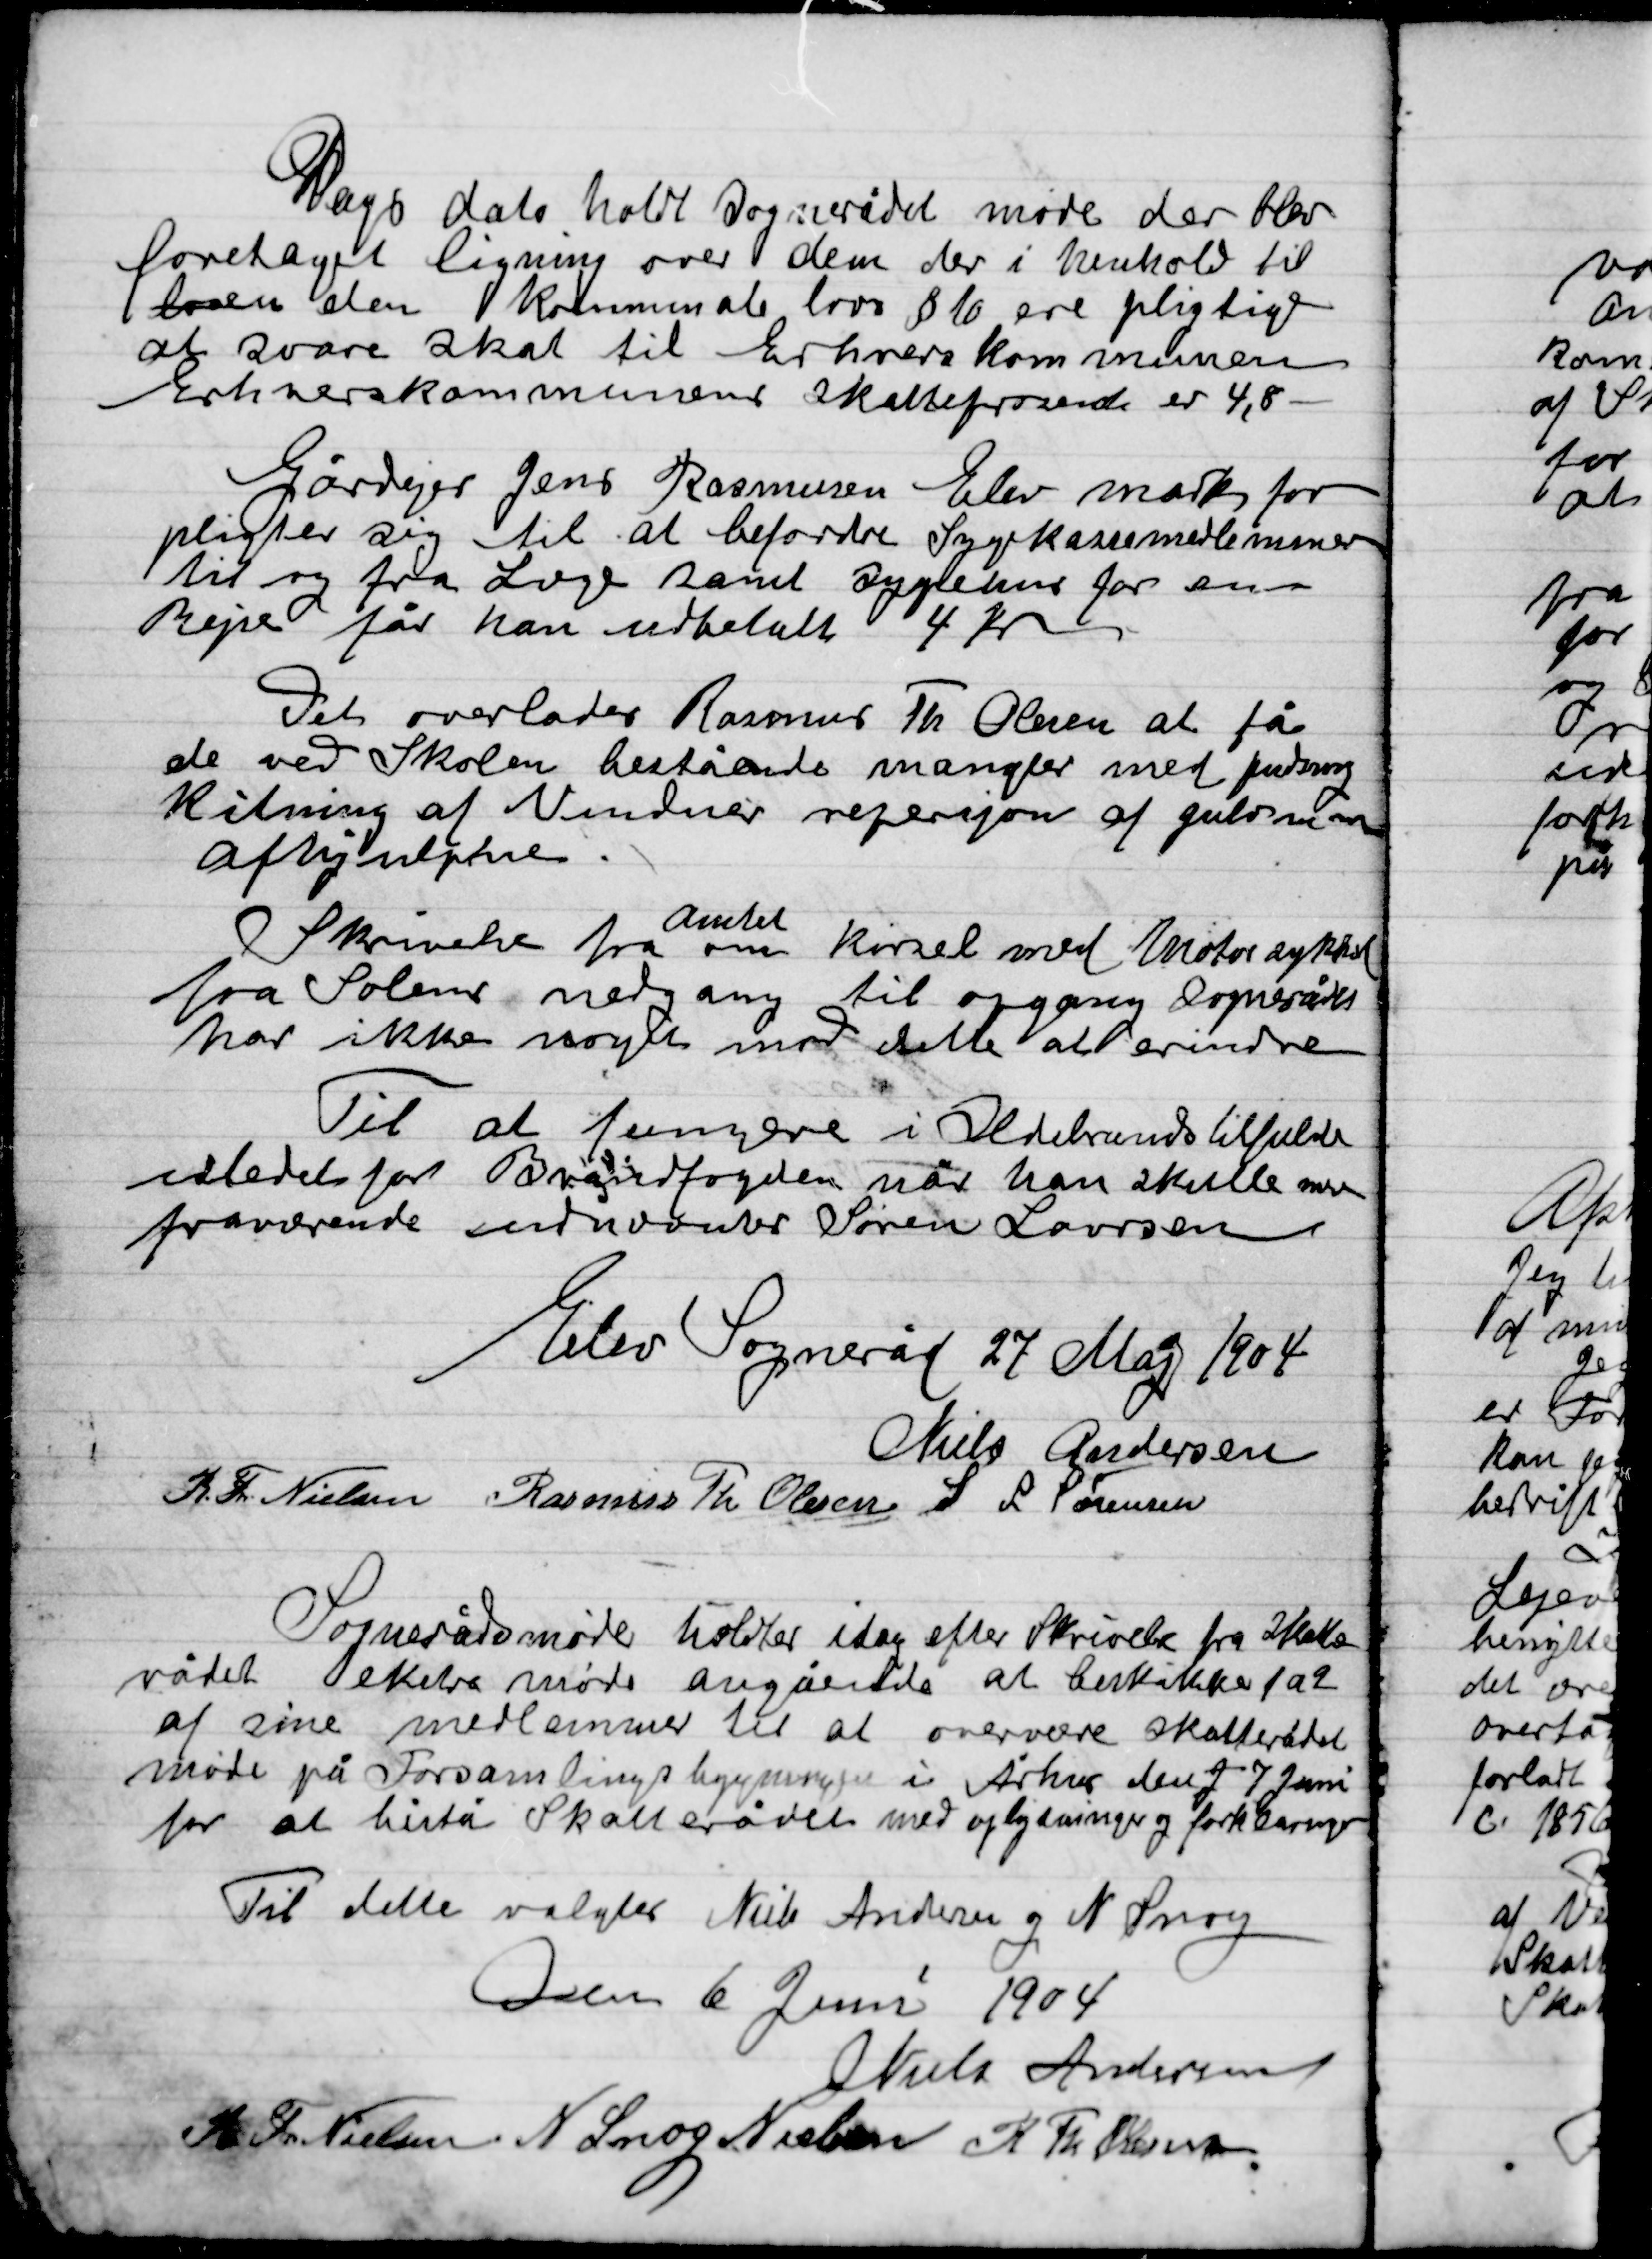
Transskription:
Dags dato holdt Sognerådet møde der blev
foretaget ligning over den der i henholdt til
Loven den kommunale lovs § 10 ere pligtige
at svare skat til Erhvervskommunen
Erhvervskommunens skatteprocent er 4,8 -

Gårdejer Jens Rasmusen Elev mark for-
pligter sig til at befordre Sygekassemedlemmer
til og fra Læge samt sygepleje for en
Reje får kan udbetalt 4 Kr.

Det overlades Rasmus Th. Olsen at få
de ved Skolen bestående mangler med pudsning
Kitning af Vinduer rengøring af gulv m.m.
afhjulpen.

Skrivelse fra
 Amtet
om kørsel med Motorcykel
fra Solens nedgang til opgang Sognerådet
har ikke noget imod dette at erindre.

Til at fungere i Ildebrands tilfælde
I stedet for Brandfogeden når han skulle være
fraværende  Søren Larsen

Elev Sogneråd 27 Maj 1904

Niels Andersen
R. Th. Nielsen
Rasmus Th. Olsen
S. L. Sørensen

Sognerådsmøde holdes idag efter Skrivelse fra Hasle
Rådet ekstra møde angående at besvare 1 a 9
af sine medlemmer til at overvære skatterådets
møde på Forsamlings bygningen i Århus den 9-7-Juni
for at bistå Skaterådets med oplysninger og forklaring
Til dette valgtes Niels Andersen og N. snog

Dato 6 juni 1904

Niels Andersen
R. Th. Nielsen
N. Snog Nielsen
R. Th. Olsen